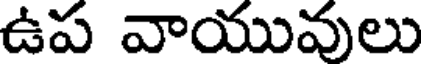
ఉప వాయువులు